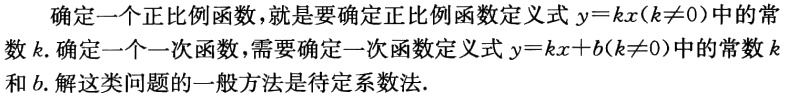
确定一个正比例函数，就是要确定正比例函数定义式\(y = kx(k\neq0)\)中的常数\(k\). 确定一个一次函数，需要确定一次函数定义式\(y = kx + b(k\neq0)\)中的常数\(k\)和\(b\). 解这类问题的一般方法是待定系数法.